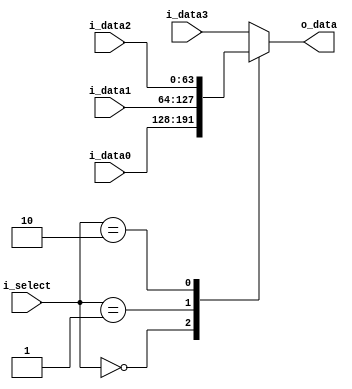
module mux64_4 #(
    parameter DATA_W = 64
)(
    input [DATA_W-1:0]          i_data0,
    input [DATA_W-1:0]          i_data1,
    input [DATA_W-1:0]          i_data2,
    input [DATA_W-1:0]          i_data3,
    input [1:0]                 i_select,

    output reg [DATA_W-1:0]     o_data
);

    always @(*) begin
        case(i_select)
            2'b00: begin
                o_data = i_data0;
            end
            2'b01: begin
                o_data = i_data1;
            end
            2'b10: begin
                o_data = i_data2;
            end
            default: begin
                o_data = i_data3;
            end
        endcase
        // $display("in forwardData mux: o_data = %d, d0: %d, d1: %d, d2: %d", o_data, i_data0, i_data1, i_data2);
    end
    
endmodule